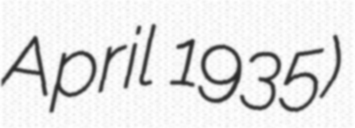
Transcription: April 1935)